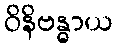
ဝိနိဗန္ဓာယ